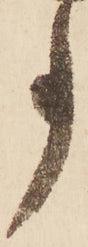
事